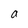
Character: a